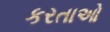
કરતાઓ